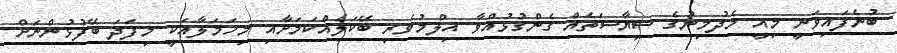
ބުނެފައިވަނީ މިއީ މެދުމިނުގެ ސިޔާސަތެއް ގެންގުޅުއްވާ އިލްމުވެރި ބޭކަލެއްކަމަށާއި މިހަމަލާއަކީ މިފަދަ ބޭފުޅުންނަށް